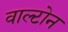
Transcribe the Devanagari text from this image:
वाल्टोन